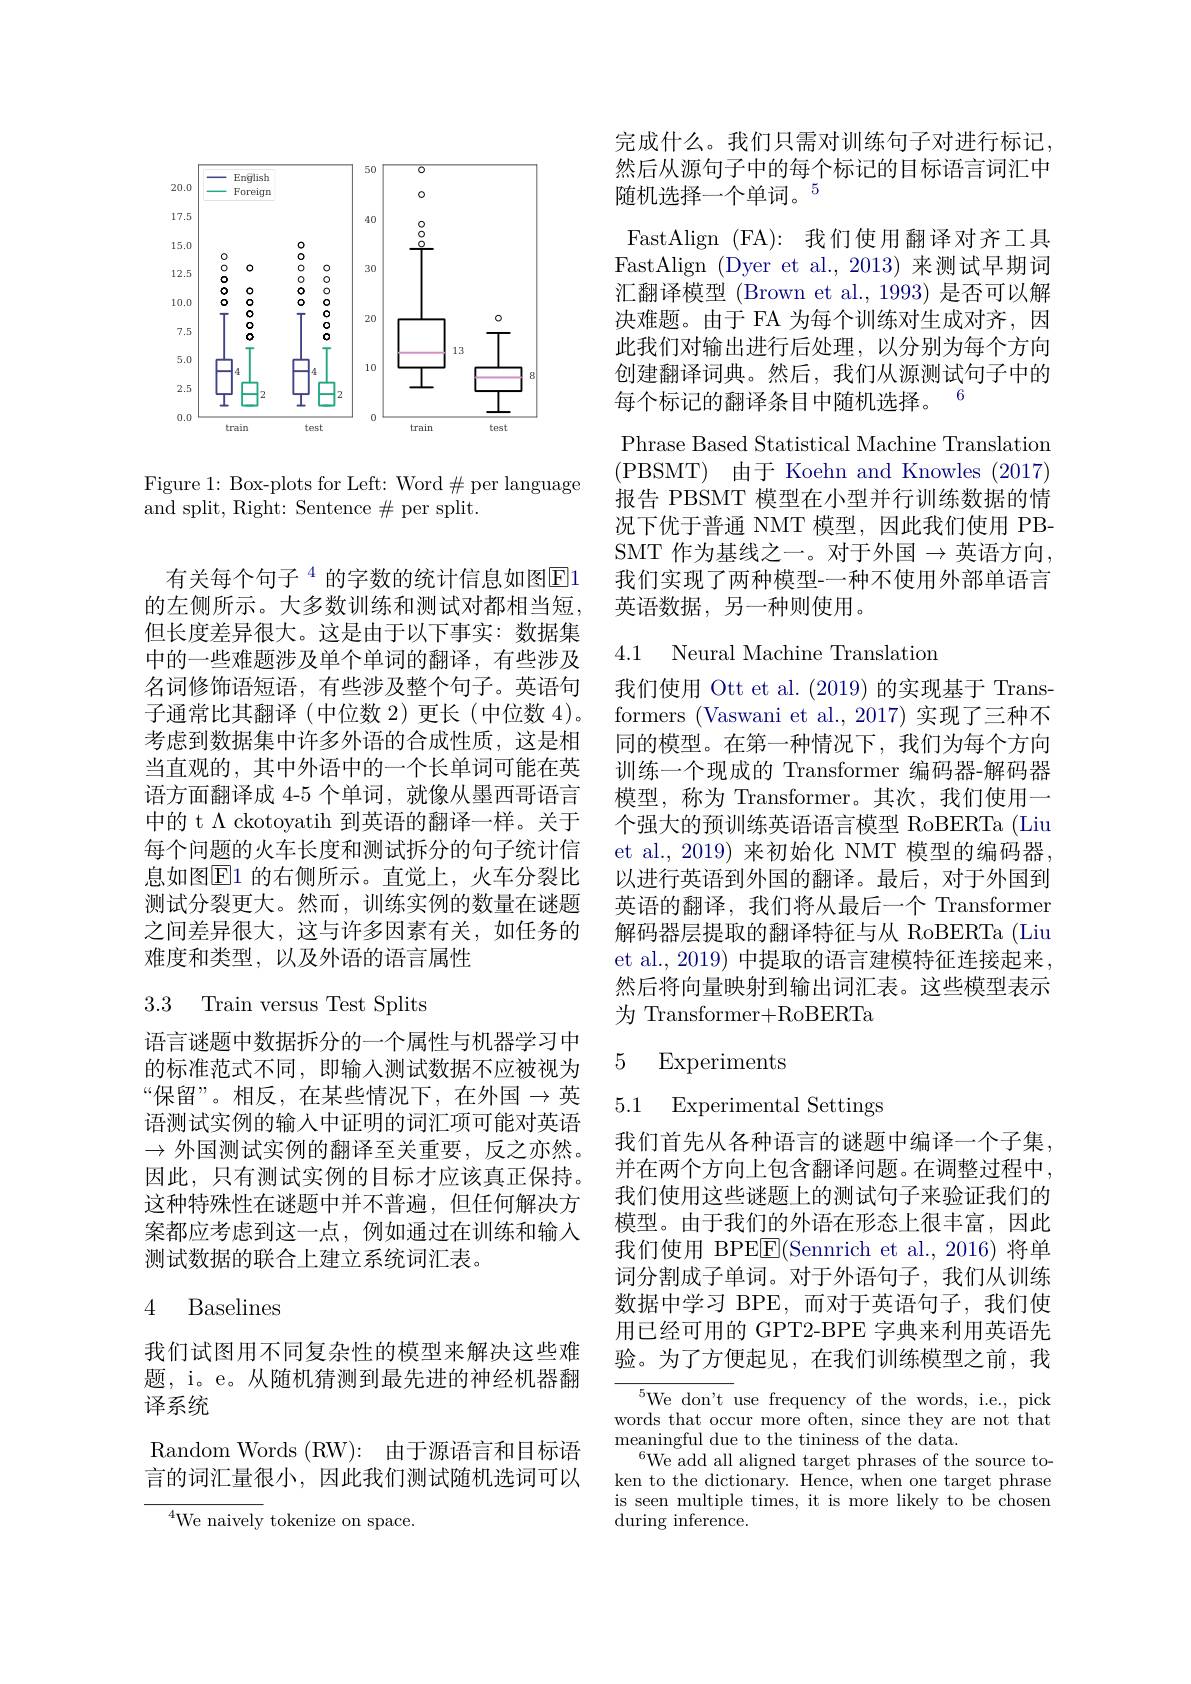
<FigureHere>

Figure 1: Box-plots for Left: Word$\#$ per language
and split, Right: Sentence $\#$ per split.

有关每个句子$^{4}$的字数的统计信息如图E1的左侧所示。大多数训练和测试对都相当短， 但长度差异很大。这是由于以下事实：数据集中的一些难题涉及单个单词的翻译，有些涉及名词修饰语短语，有些涉及整个句子。英语句子通常比其翻译(中位数 2)更长(中位数 4)。考虑到数据集中许多外语的合成性质，这是相当直观的，其中外语中的一个长单词可能在英语方面翻译成 4-5 个单词，就像从墨西哥语言中的 t $\Lambda$ ckotoyatih 到英语的翻译一样。关于每个问题的火车长度和测试拆分的句子统计信息如图$\overline{\mathrm{E}}1$ 的右侧所示。直觉上，火车分裂比测试分裂更大。然而，训练实例的数量在谜题之间差异很大，这与许多因素有关，如任务的难度和类型，以及外语的语言属性

3.3 Train versus Test Splits

语言谜题中数据拆分的一个属性与机器学习中的标准范式不同，即输人测试数据不应被视为“保留”。相反，在某些情况下，在外国$\to$英语测试实例的输入中证明的词汇项可能对英语$\to$外国测试实例的翻译至关重要，反之亦然。因此，只有测试实例的目标才应该真正保持。这种特殊性在谜题中并不普遍，但任何解决方案都应考虑到这一点，例如通过在训练和输入测试数据的联合上建立系统词汇表。

## 4 Baselines

我们试图用不同复杂性的模型来解决这些难题，i。e。从随机猜测到最先进的神经机器翻译系统
Random Words ( RW) : 由于源语言和目标语言的词汇量很小，因此我们测试随机选词可以

$^{4}$We naively tokenize on space.

完成什么。我们只需对训练句子对进行标记， 然后从源句子中的每个标记的目标语言词汇中随机选择一个单词。$^{5}$
FastAlign (FA): 我们使用翻译对齐工具FastAlign (Dyer et al.,2013)来测试早期词汇翻译模型 (Brown et al., 1993) 是否可以解决难题。由于 FA 为每个训练对生成对齐，因此我们对输出进行后处理，以分别为每个方向创建翻译词典。然后，我们从源测试句子中的每个标记的翻译条目中随机选择。6
Phrase Based Statistical Machine Translation (PBSMT)由于 Koehn and Knowles(2017) 报告 PBSMT 模型在小型并行训练数据的情况下优于普通 NMT 模型，因此我们使用 PBSMT 作为基线之一。对于外国$\to$英语方向， 我们实现了两种模型-一种不使用外部单语言英语数据，另一种则使用。

4.1 Neural Machine Translation

我们使用 Ott et al. (2019) 的实现基于 Transformers (Vaswani et al., 2017) 实现了三种不同的模型。在第一种情况下，我们为每个方向训练一个现成的 Transformer 编码器-解码器模型，称为 Transformer。其次，我们使用一个强大的预训练英语语言模型 RoBERTa (Liu et al., 2019) 来初始化 NMT 模型的编码器， 以进行英语到外国的翻译。最后，对于外国到英语的翻译，我们将从最后一个 Transformer 解码器层提取的翻译特征与从 RoBERTa (Liu et al., 2019) 中提取的语言建模特征连接起来， 然后将向量映射到输出词汇表。这些模型表示为 Transformer+RoBERTa

## 5 Experiments

5.1 Experimental Settings

我们首先从各种语言的谜题中编译一个子集， 并在两个方向上包含翻译问题。在调整过程中， 我们使用这些谜题上的测试句子来验证我们的模型。由于我们的外语在形态上很丰富，因此我们使用 BPEEE(Sennrich et al.,2016)将单词分割成子单词。对于外语句子，我们从训练数据中学习 BPE,而对于英语句子，我们使用已经可用的 GPT2-BPE 字典来利用英语先验。为了方便起见，在我们训练模型之前，我

${\overline{{^5}\text{We don't }}}$use frequency of the words, i.e., pick words that occur more often, since they are not that $\operatorname*{meaningful}_{c-1}$due to the tininess of the data.
$^{6}\bar{\text{We add all aligned target phrases of the source to-}}$ ken to the dictionary. Hence, when one target phrase is seen multiple times, it is more likely to be chosen during inference.